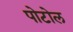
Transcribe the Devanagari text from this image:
पोटोल